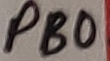
Text: PB0